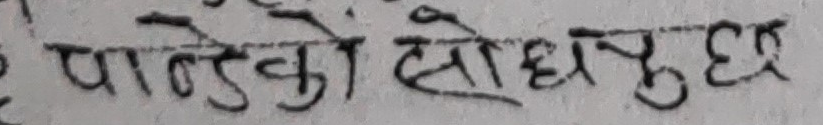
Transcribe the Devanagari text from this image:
पाण्डेको सोध्यु छु छ